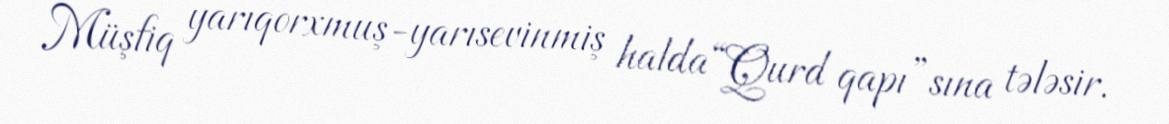
Müşfiq yarıqorxmuş-yarısevinmiş halda “Qurd qapı”sına tələsir.